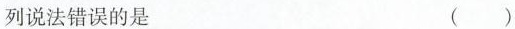
列说法错误的是 ()